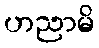
ဟညာမိ